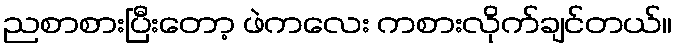
ညစာစားပြီးတော့ ဖဲကလေး ကစားလိုက်ချင်တယ်။